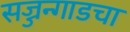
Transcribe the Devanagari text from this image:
सज्जन्गाडचा